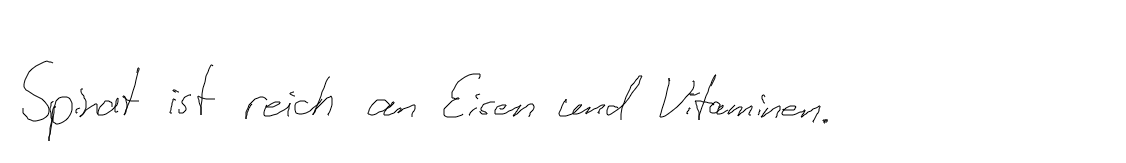
Spinat ist reich an Eisen und Vitaminen.